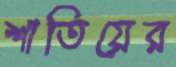
শাতিয়ের